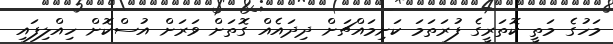
މަހުގެ މަތީ ކޮތަރީގެ ފުރަތަމަ ކަށިމައްޗަށް ދިދައެއް ގޮތަށް ވަރަށް އުސްކޮށް ހިއްލިފައި